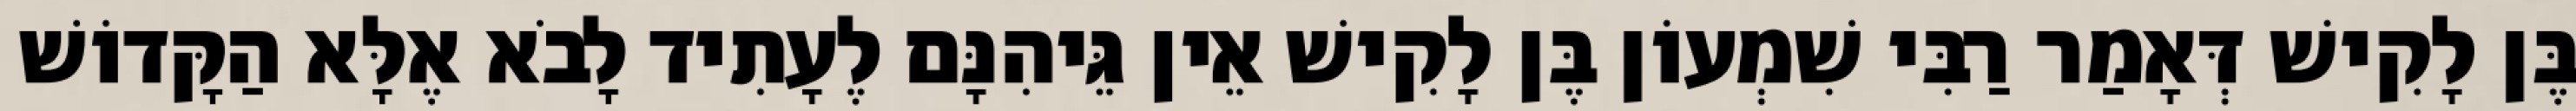
בֶּן לָקִישׁ דְּאָמַר רַבִּי שִׁמְעוֹן בֶּן לָקִישׁ אֵין גֵּיהִנָּם לֶעָתִיד לָבֹא אֶלָּא הַקָּדוֹשׁ